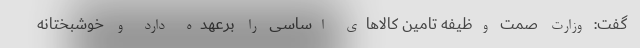
گفت: وزارت صمت وظیفه تامین کالاهای اساسی را برعهده دارد و خوشبختانه